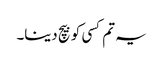
یہ تم کسی کو بیچ دینا۔